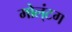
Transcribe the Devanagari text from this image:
मोल्‌ंटग